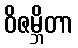
ဝိဇမ္ဘိတာ